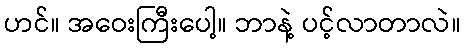
ဟင်။ အဝေးကြီးပေါ့။ ဘာနဲ့ ပင့်လာတာလဲ။